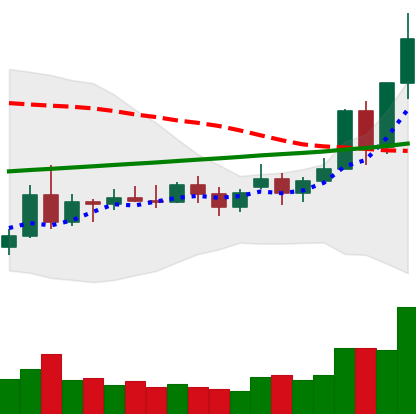
Ticker: NEO-USD
Chart end date: 2020-11-24
Forward return: -13.075%
Label: down_7plus